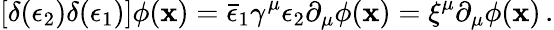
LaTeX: \left[\delta(\epsilon_{2})\delta(\epsilon_{1})\right]\phi(\mathbf{x})=\bar{{\epsilon}}_{1}\gamma^{\mu}\epsilon_{2}\partial_{\mu}\phi(\mathbf{x})=\xi^{\mu}\partial_{\mu}\phi(\mathbf{x})\, .